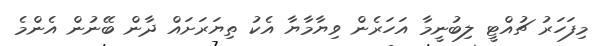
މިފަހަރު ޗުއްޓީ ލިބުނީމާ އަހަރެން ވިޔާމާޔާ އެކު ތިޔަރަށައް ދާން ބޭނުން އެންމެ